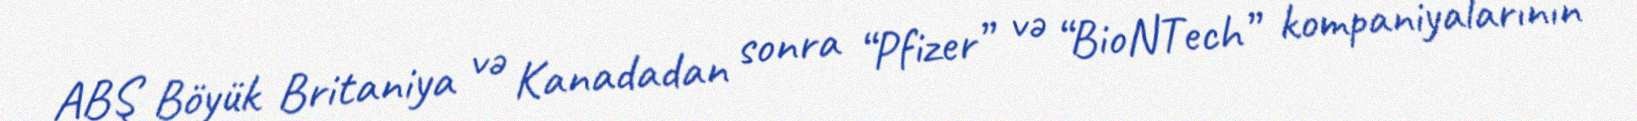
ABŞ Böyük Britaniya və Kanadadan sonra “Pfizer” və “BioNTech” kompaniyalarının